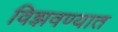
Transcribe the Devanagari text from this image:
विझवण्यात